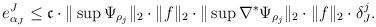
LaTeX: \begin{align*}e_{\alpha_J}^J\leq\mathfrak c\cdot\|\sup\Psi_{\rho_j}\|_2\cdot\|f\|_2\cdot\|\sup\nabla^\ast\Psi_{\rho_j}\|_2\cdot\|f\|_2 \cdot\delta_J^j.\end{align*}